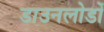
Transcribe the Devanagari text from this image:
डाउनलोडों